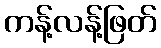
ကန့်လန့်ဖြတ်